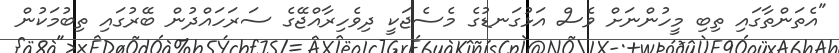
"އެތަންތާގައި ތިބި މީހުންނަށް ވެސް އަޅުގަނޑުގެ މެސެޖަކީ ދިވެހިރާއްޖޭގެ ސަރަހައްދުން ބޭރުގައި ތިބުމަކުން